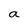
Character: a